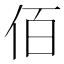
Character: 佰